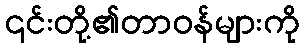
၎င်းတို့၏တာဝန်များကို